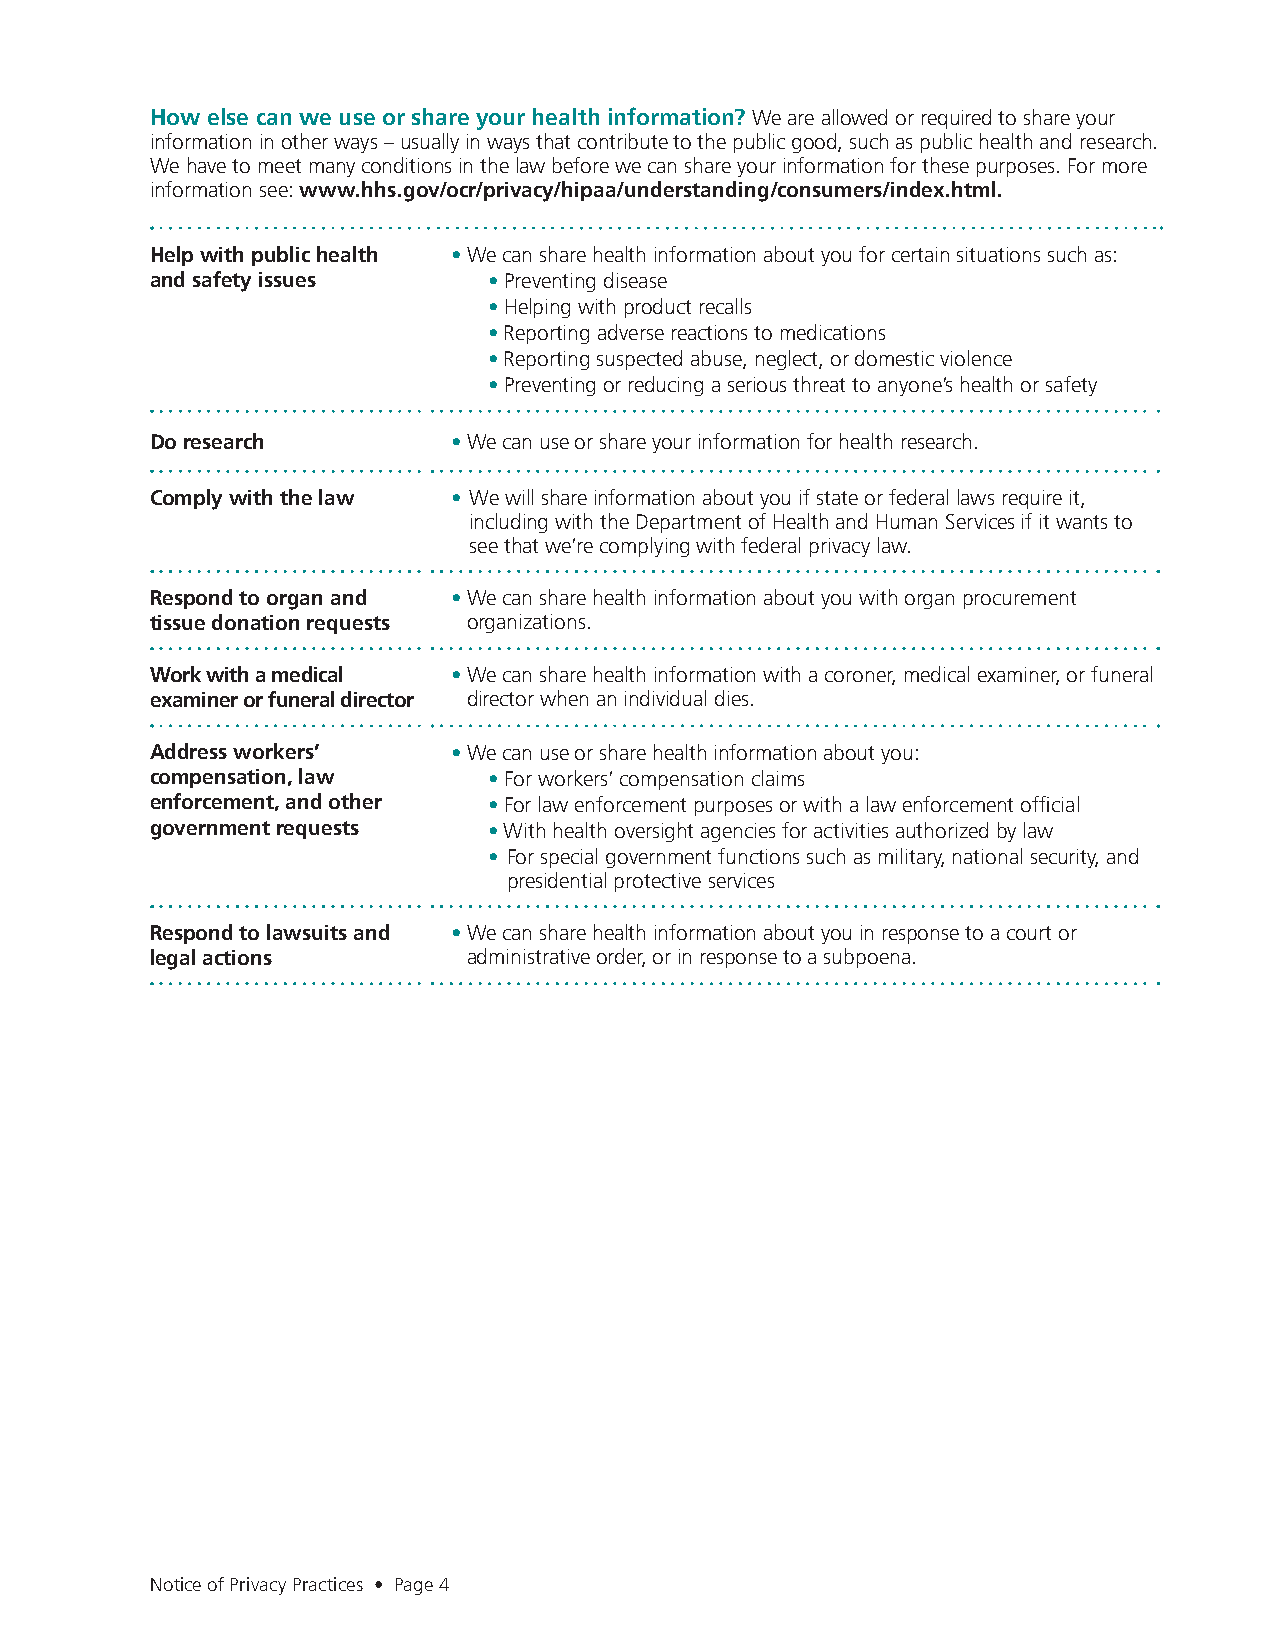
How else can we use or share your health information? We are allowed or required to share your
 information in other ways – usually in ways that contribute to the public good, such as public health and research.
 We have to meet many conditions in the law before we can share your information for these purposes. For more
 information see: www.hhs.gov/ocr/privacy/hipaa/understanding/consumers/index.html.
 Help with public health • We can share health information about you for certain situations such as:
 and safety issues     • Preventing disease
 • Helping with product recalls
 • Reporting adverse reactions to medications
 • Reporting suspected abuse, neglect, or domestic violence
 • Preventing or reducing a serious threat to anyone’s health or safety
 Do research         • We can use or share your information for health research.
 Comply with the law • We will share information about you if state or federal laws require it,
 including with the Department of Health and Human Services if it wants to
 see that we’re complying with federal privacy law.
 Respond to organ and •We can share health information about you with organ procurement
 tissue donation requests organizations.
 Work with a medical •We can share health information with a coroner, medical examiner, or funeral
 examiner or funeral director director when an individual dies.
 Address workers’    • We can use or share health information about you:
 compensation, law     • For workers’ compensation claims
 enforcement, and other • For law enforcement purposes or with a law enforcement official
 government requests   • With health oversight agencies for activities authorized by law
 • For special government functions such as military, national security, and
 presidential protective services
 Respond to lawsuits and •We can share health information about you in response to a court or
 legal actions        administrative order, or in response to a subpoena.
 Notice of Privacy Practices • Page 4